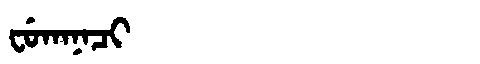
Manchu: ᠸᡠᡴᠠᠨᠠᠴᡳ
Romanization: FUKANACI